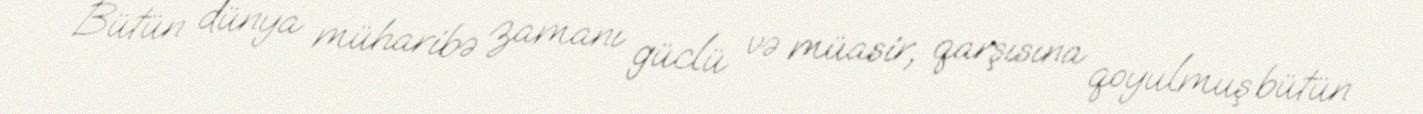
Bütün dünya müharibə zamanı güclü və müasir, qarşısına qoyulmuş bütün